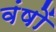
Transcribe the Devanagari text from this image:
वंषों